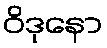
ဝိဒုနော